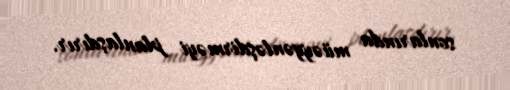
sonlarında müəyyənləşdirməyi planlaşdırır.